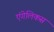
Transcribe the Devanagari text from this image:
एंगेलिकस